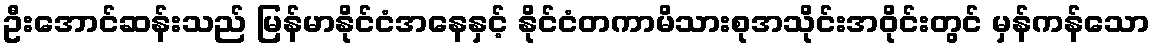
ဦးအောင်ဆန်းသည် မြန်မာနိုင်ငံအနေနှင့် နိုင်ငံတကာမိသားစုအသိုင်းအဝိုင်းတွင် မှန်ကန်သော